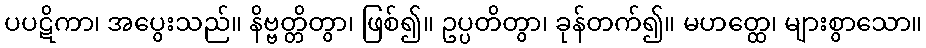
ပပဋိကာ၊ အပွေးသည်။ နိဗ္ဗတ္တိတွာ၊ ဖြစ်၍။ ဥပ္ပတိတွာ၊ ခုန်တက်၍။ မဟတ္ထေ၊ များစွာသော။